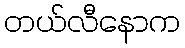
တယ်လီနောက